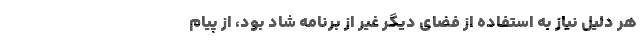
ھر دلیل نیاز به استفاده از فضای دیگر غیر از برنامه شاد بود، از پیام‌